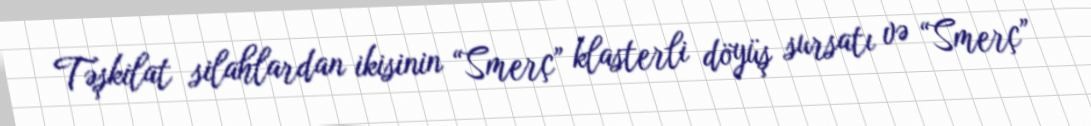
Təşkilat silahlardan ikisinin “Smerç” klasterli döyüş sursatı və “Smerç”